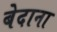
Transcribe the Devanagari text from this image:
बेदाना